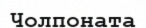
Чолпоната